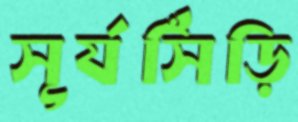
সূর্যসিঁড়ি